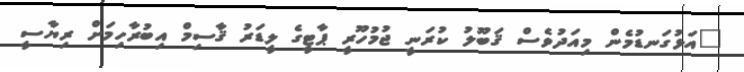
"އަޅުގަނޑުމެން މިއަދުވެސް ޤަބޫލު ކުރަނީ ޖުމުހޫރީ ޕާޓީގެ ލީޑަރު ޤާސިމް އިބުރާހިމަށް ރިޔާސީ